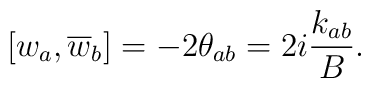
\left[ w_{a},\overline{w}_{b}\right] =-2\theta _{ab}=2i\frac{k_{ab}}{B}.